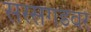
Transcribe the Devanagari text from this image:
सरसगडवर